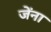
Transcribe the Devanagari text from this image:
जेंना